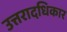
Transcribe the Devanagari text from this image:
उत्तरादधिकार